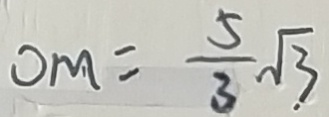
0 M = \frac { 5 } { 3 } \sqrt { 3 }